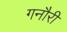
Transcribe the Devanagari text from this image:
गनौरी